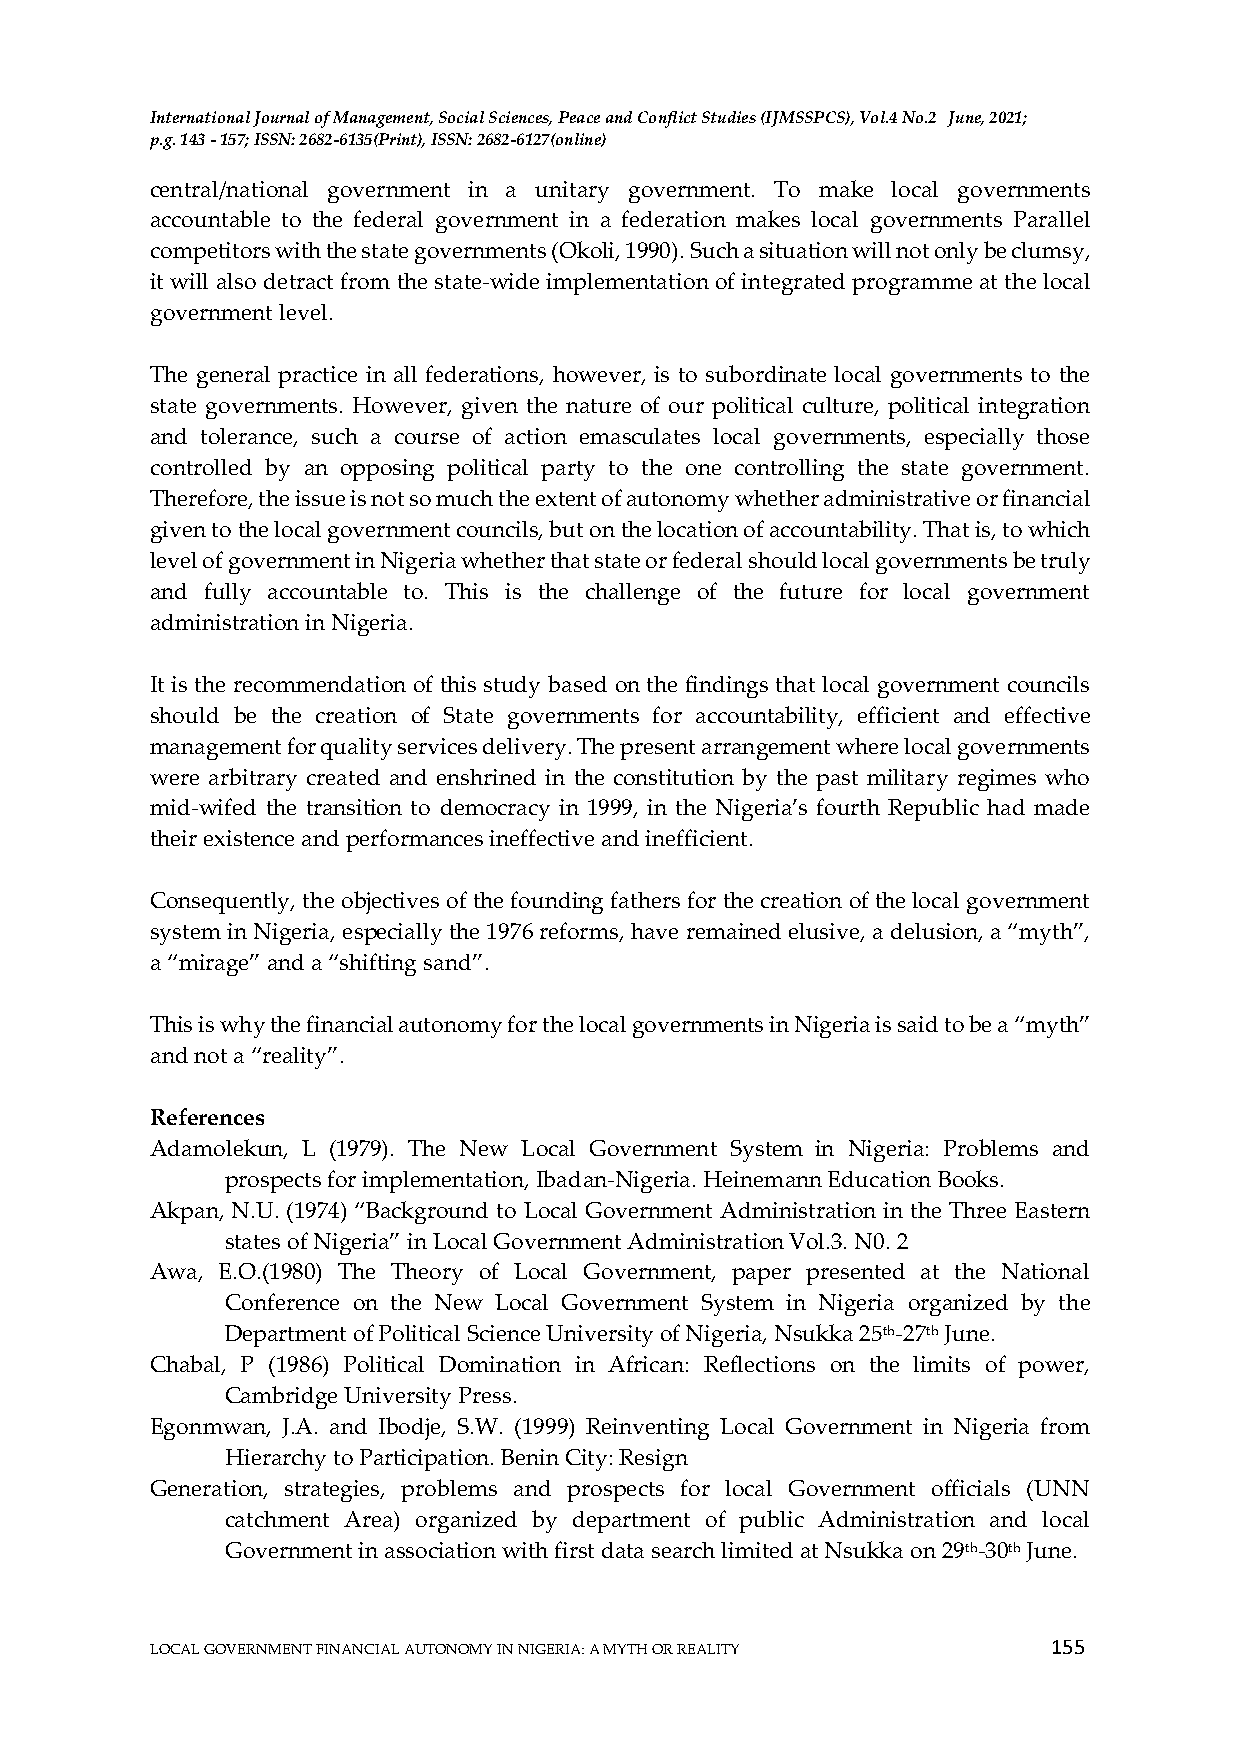
International Journal of Management, Social Sciences, Peace and Conflict Studies (IJMSSPCS), Vol.4 No.2 June, 2021;
 p.g. 143 - 157; ISSN: 2682-6135(Print), ISSN: 2682-6127(online)
 central/national government in a unitary government. To make local governments
 accountable to the federal government in a federation makes local governments Parallel
 competitors with the state governments (Okoli, 1990). Such a situation will not only be clumsy,
 it will also detract from the state-wide implementation of integrated programme at the local
 government level.
 The general practice in all federations, however, is to subordinate local governments to the
 state governments. However, given the nature of our political culture, political integration
 and tolerance, such a course of action emasculates local governments, especially those
 controlled by an opposing political party to the one controlling the state government.
 Therefore, the issue is not so much the extent of autonomy whether administrative or financial
 given to the local government councils, but on the location of accountability. That is, to which
 level of government in Nigeria whether that state or federal should local governments be truly
 and fully accountable to. This is the challenge of the future for local government
 administration in Nigeria.
 It is the recommendation of this study based on the findings that local government councils
 should be the creation of State governments for accountability, efficient and effective
 management for quality services delivery. The present arrangement where local governments
 were arbitrary created and enshrined in the constitution by the past military regimes who
 mid-wifed the transition to democracy in 1999, in the Nigeria’s fourth Republic had made
 their existence and performances ineffective and inefficient.
 Consequently, the objectives of the founding fathers for the creation of the local government
 system in Nigeria, especially the 1976 reforms, have remained elusive, a delusion, a “myth”,
 a “mirage” and a “shifting sand”.
 This is why the financial autonomy for the local governments in Nigeria is said to be a “myth”
 and not a “reality”.
 References
 Adamolekun, L (1979). The New Local Government System in Nigeria: Problems and
 prospects for implementation, Ibadan-Nigeria. Heinemann Education Books.
 Akpan, N.U. (1974) “Background to Local Government Administration in the Three Eastern
 states of Nigeria” in Local Government Administration Vol.3. N0. 2
 Awa, E.O.(1980) The Theory of Local Government, paper presented at the National
 Conference on the New Local Government System in Nigeria organized by the
 Department of Political Science University of Nigeria, Nsukka 25th-27th June.
 Chabal, P (1986) Political Domination in African: Reflections on the limits of power,
 Cambridge University Press.
 Egonmwan, J.A. and Ibodje, S.W. (1999) Reinventing Local Government in Nigeria from
 Hierarchy to Participation. Benin City: Resign
 Generation, strategies, problems and prospects for local Government officials (UNN
 catchment Area) organized by department of public Administration and local
 Government in association with first data search limited at Nsukka on 29th-30th June.
 155
 LOCAL GOVERNMENT FINANCIAL AUTONOMY IN NIGERIA: A MYTH OR REALITY